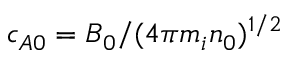
c _ { A 0 } = B _ { 0 } / ( 4 \pi m _ { i } n _ { 0 } ) ^ { 1 / 2 }